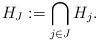
LaTeX: \begin{align*}H_{J}:=\bigcap_{j\in{J}}H_{j}. \end{align*}